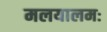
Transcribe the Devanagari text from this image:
मलयालमः